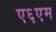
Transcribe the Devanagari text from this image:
ए६एम